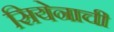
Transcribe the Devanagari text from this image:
सियेनाची